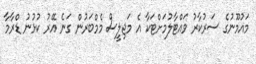
މައުމޫނުގެ ސަރުކާރު ވައްޓާލުމަށްޓަކާ އެ މަޖިލީސް މެމްބަރުން ގަނެ އޭރު ކުޅުނު ޑްރާމާ